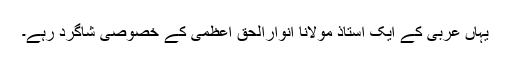
یہاں عربی کے ایک استاذ مولانا انوارالحق اعظمی کے خصوصی شاگرد رہے۔